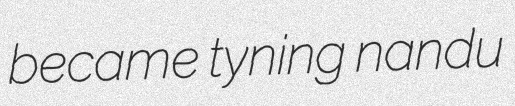
became tyning nandu